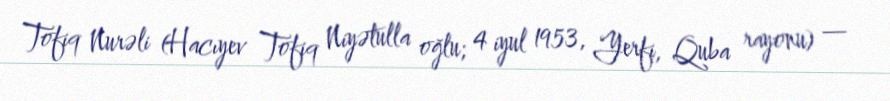
Tofiq Nurəli (Hacıyev Tofiq Niyətulla oğlu; 4 iyul 1953, Yerfi, Quba rayonu) —